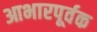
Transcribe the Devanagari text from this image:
आभारपूर्वक